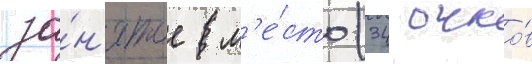
за́н'ятое м'е́сто (34 очко́в